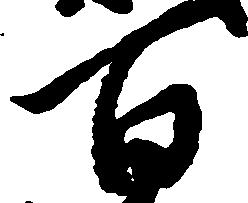
百